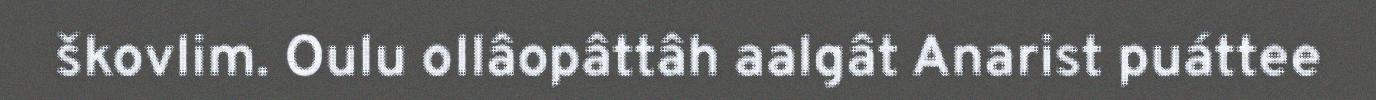
škovlim. Oulu ollâopâttâh aalgât Anarist puáttee